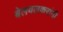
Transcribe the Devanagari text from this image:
बेलवलकरांनी